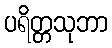
ပရိတ္တသုဘာ